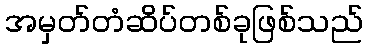
အမှတ်တံဆိပ်တစ်ခုဖြစ်သည်